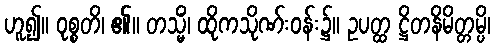
ဟူ၍။ ဝုစ္စတိ၊ ၏။ တသ္မိံ၊ ထိုကသိုဏ်းဝန်း၌။ ဥပတ္ထ ဋ္ဌိတနိမိတ္တမ္ပိ၊